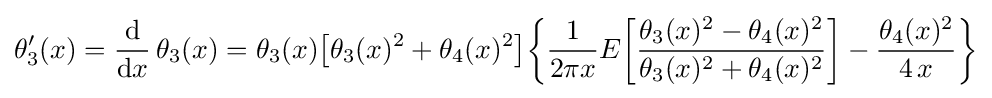
\theta _{3}'(x)={\frac {\mathrm {d} }{\mathrm {d} x}}\,\theta _{3}(x)=\theta _{3}(x){\bigl [}\theta _{3}(x)^{2}+\theta _{4}(x)^{2}{\bigr ]}{\biggl \{}{\frac {1}{2\pi x}}E{\biggl [}{\frac {\theta _{3}(x)^{2}-\theta _{4}(x)^{2}}{\theta _{3}(x)^{2}+\theta _{4}(x)^{2}}}{\biggr ]}-{\frac {\theta _{4}(x)^{2}}{4\,x}}{\biggr \}}